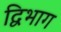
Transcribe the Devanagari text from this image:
द्विभाग